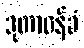
ဒုတာဝန်ခံ